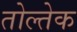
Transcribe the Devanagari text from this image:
तोल्तेक